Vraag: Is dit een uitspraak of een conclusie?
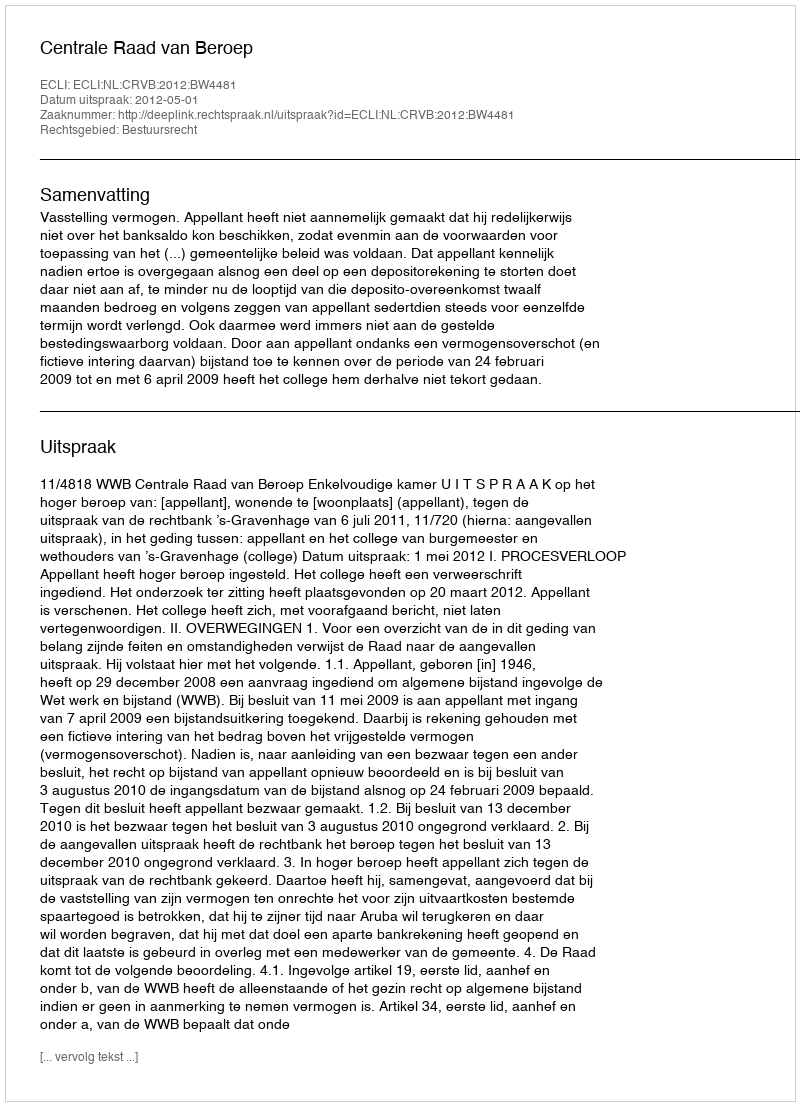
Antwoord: Uitspraak